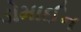
ડોમાઈન